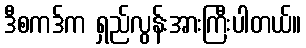
ဒီစကဒ်က ရှည်လွန်းအားကြီးပါတယ်။